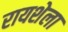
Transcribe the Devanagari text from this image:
रायशेला